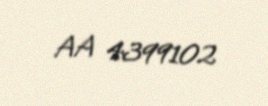
AA 4399102